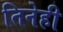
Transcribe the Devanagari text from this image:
तिनेही